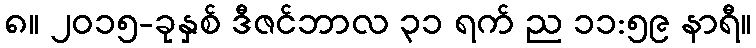
၈။ ၂၀၁၅-ခုနှစ် ဒီဇင်ဘာလ ၃၁ ရက် ည ၁၁:၅၉ နာရီ။